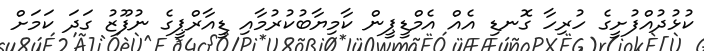
ކުޅުދުއްފުށީގެ ހުރިހާ ގޮނޑި އެއް އެމްޑީޕީން ކާމިޔާބުކުރުމާއި ޑީއާރްޕީގެ ނުފޫޒު ގަދަ ކަމަށް